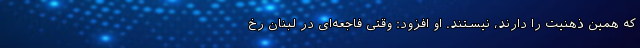
که همین ذهنیت را دارند، نیستند. او افزود: وقتی فاجعه‌ای در لبنان رخ